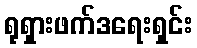
ရုရှားဖက်ဒရေးရှင်း